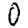
Digit: 0